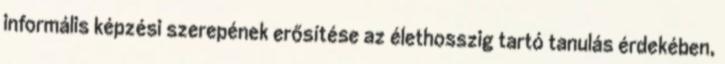
informális képzési szerepének erősítése az élethosszig tartó tanulás érdekében,